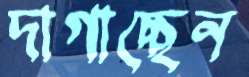
দাগাচ্ছেন